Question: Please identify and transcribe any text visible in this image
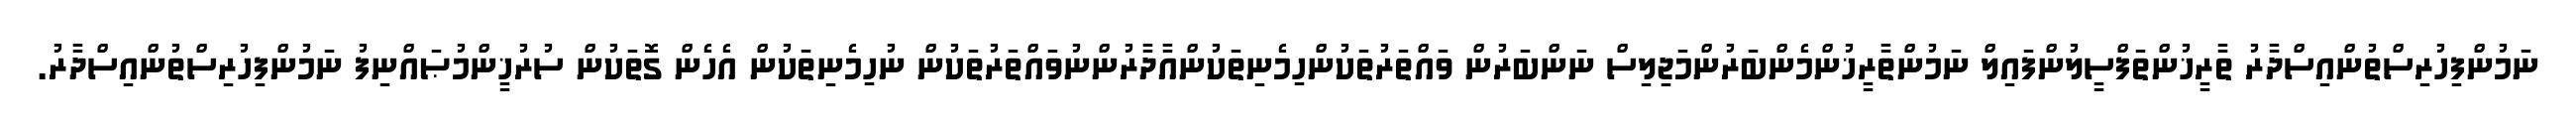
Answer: ނަމުންފިހުރިސްތުންއިސްދާރު ތާރީޚުންތަފްސީލުންފައިލް ނަމުންތާރީޚުންމެންބަރުންމަޖިލިސް ނަންބަރުން ވައްތަރުތަކުންހިމެނިތަކުންއާދާރުންނުވައްތަރުތަކުން ނުހިމެނިތަކުން އެހެން ގޮތަކުން ސުރުޚީންމުޞައްނިފު ނަމުންފިހުރިސްތުންއިސްދާރު.